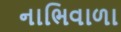
નાભિવાળા